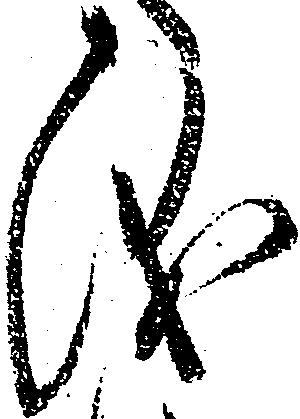
儀